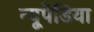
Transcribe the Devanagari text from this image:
न्यूपेडिया